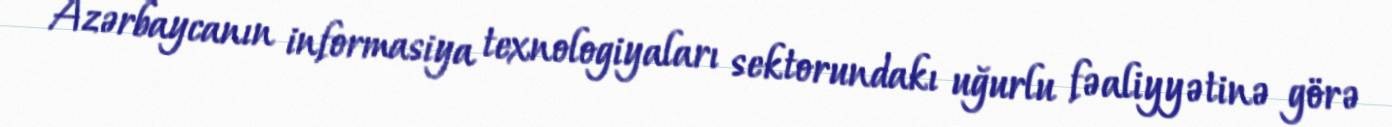
Azərbaycanın informasiya texnologiyaları sektorundakı uğurlu fəaliyyətinə görə